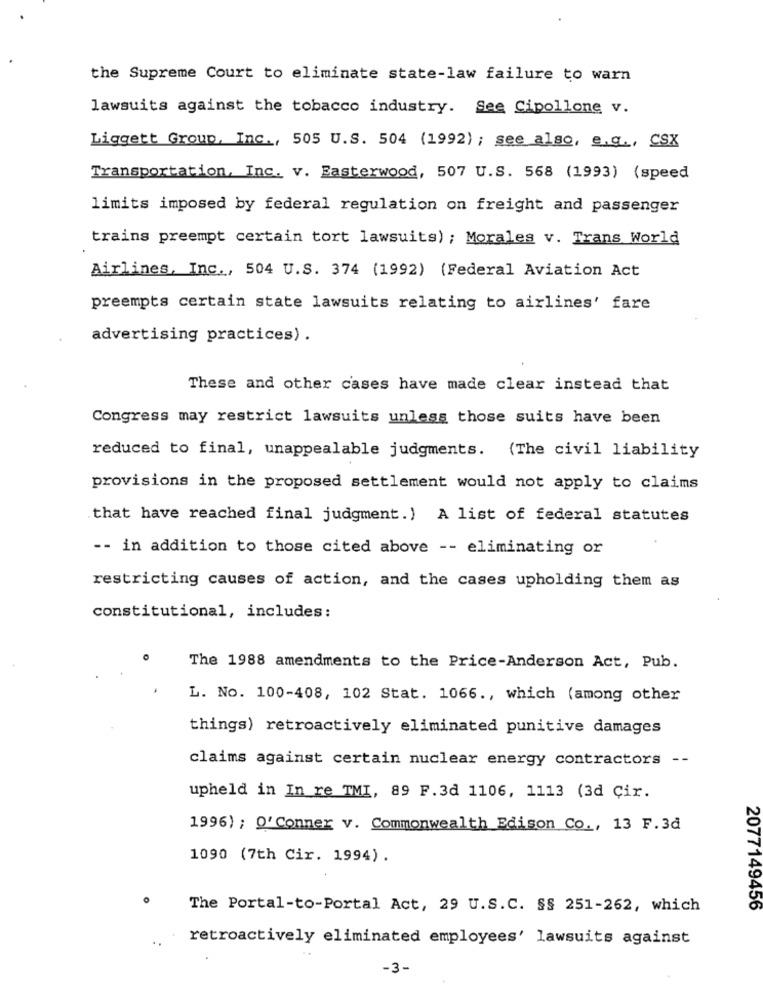
the Supreme Court to eliminate state-law failure to warn
lawsuits against the tobacco industry. See Cipollone v.
Liggett Group, Inc ., 505 U.S. 504 (1992) ; see also, e.g ., CSX
Transportation, Inc. v. Easterwood, 507 U.S. 568 (1993) (speed
limits imposed by federal regulation on freight and passenger
trains preempt certain tort lawsuits) ; Morales v. Trans World
Airlines, Inc ., 504 U.S. 374 (1992) (Federal Aviation Act
preempts certain state lawsuits relating to airlines' fare
advertising practices) .
These and other cases have made clear instead that
Congress may restrict lawsuits unless those suits have been
reduced to final, unappealable judgments. (The civil liability
provisions in the proposed settlement would not apply to claims
that have reached final judgment.) A list of federal statutes
-- in addition to those cited above -- eliminating or
restricting causes of action, and the cases upholding them as
constitutional, includes:
The 1988 amendments to the Price-Anderson Act, Pub.
L. No. 100-408, 102 Stat. 1066 ., which (among other
things) retroactively eliminated punitive damages
claims against certain nuclear energy contractors --
upheld in In re TMI, 89 F.3d 1106, 1113 (3d Cir.
1996) ; O'Conner v. Commonwealth Edison Co ., 13 F.3d
1090 (7th Cir. 1994) .
The Portal-to-Portal Act, 29 U.S.C. SS 251-262, which
2077149456
..
retroactively eliminated employees' lawsuits against
-3-